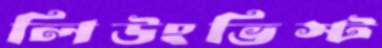
লিউংভিস্ট